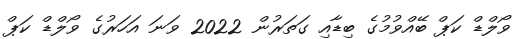
ވޯލްޑް ކަޕް ބޭއްވުމުގެ ބިޑާއި ގަތަރުން 2022 ވަނަ އަހަރުގެ ވޯލްޑް ކަޕް